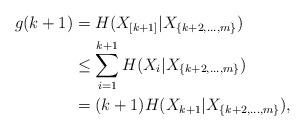
LaTeX: \begin{align*}g(k+1) &= H(X_{[k+1]}|X_{\{k+2,\ldots,m\}}) \\& \le \sum_{i=1}^{k+1} H(X_{i}|X_{\{k+2,\ldots,m\}}) \\& = (k+1) H(X_{k+1}|X_{\{k+2,\ldots,m\}}),\end{align*}